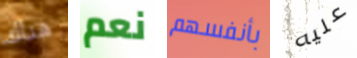
هناك نعم بأنفسهم عليه